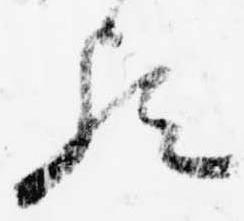
歟